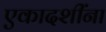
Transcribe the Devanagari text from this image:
एकादशींना